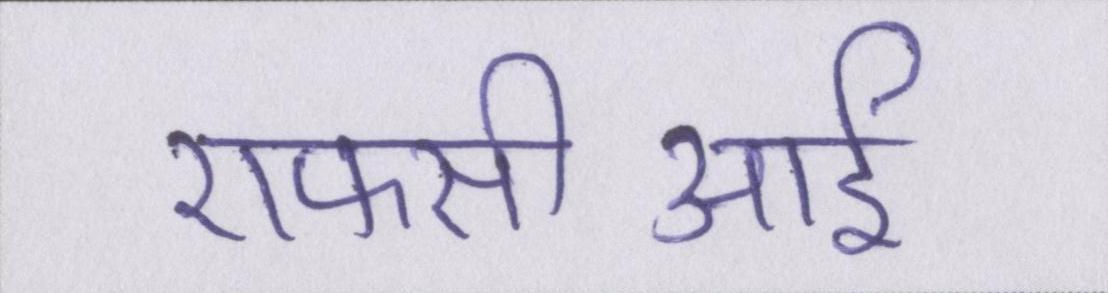
एफसीआई